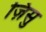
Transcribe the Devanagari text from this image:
ज़िसु